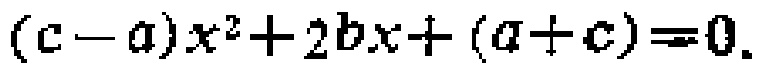
\((c - a)x^{2}+2bx+(a + c)=0\)